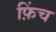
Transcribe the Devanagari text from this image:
फ़िंच